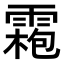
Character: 𩄃